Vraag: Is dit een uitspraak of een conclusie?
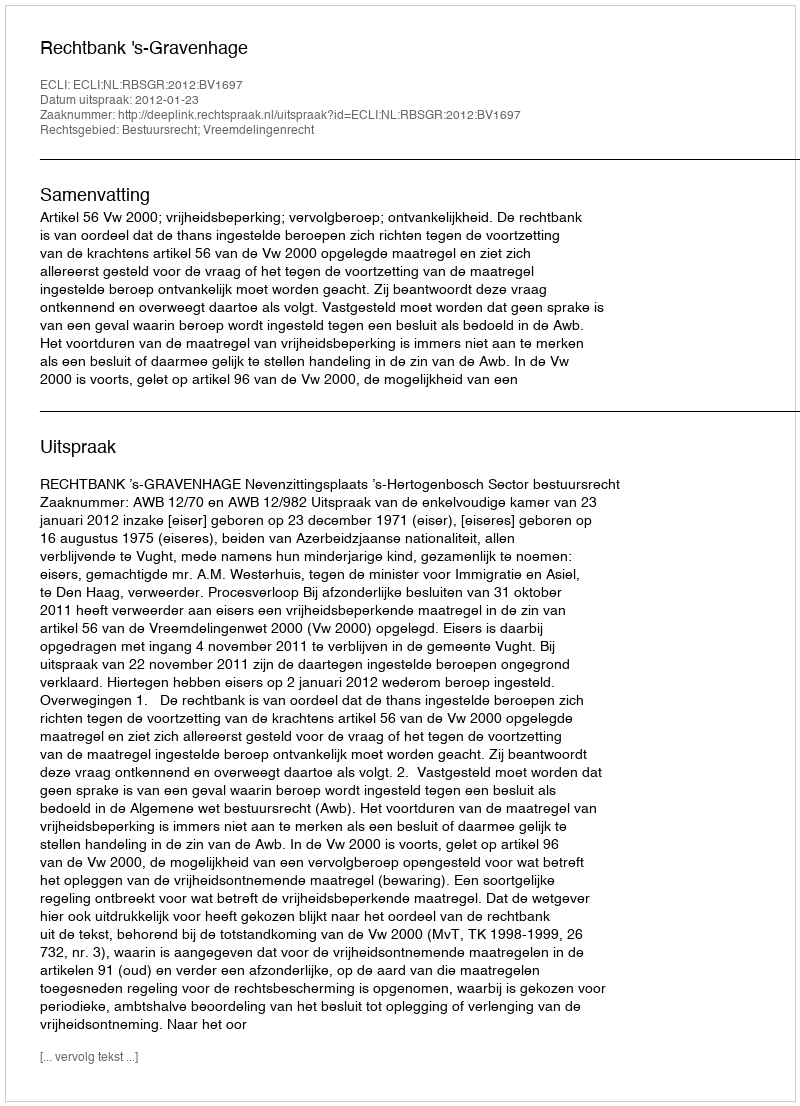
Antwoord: Uitspraak